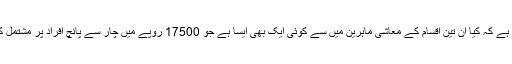
میرا مگر سادہ سوال یہ ہے کہ کیا ان تین اقسام کے معاشی ماہرین میں سے کوئی ایک بھی ایسا ہے جو 17500 روپے میں چار سے پانچ افراد پر مشتمل کنبے کا بجٹ بنا سکے۔